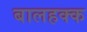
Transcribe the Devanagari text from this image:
बालहक्क